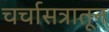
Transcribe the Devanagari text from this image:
चर्चासत्रातून